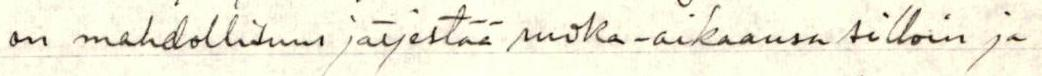
on mahdollisuus järjestää ruoka-aikaansa silloin ja